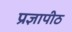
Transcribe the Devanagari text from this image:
प्रज्ञापीठ